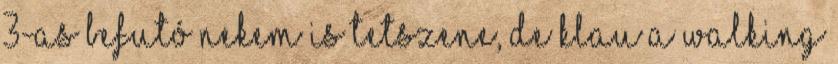
3-as befutó nekem is tetszene, de Klau a walking